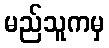
မည်သူကမှ